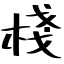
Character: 棧